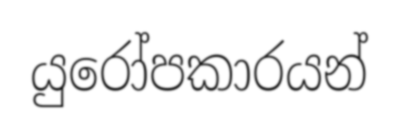
යුරෝපකාරයන්